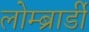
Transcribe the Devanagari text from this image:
लोम्ब्रार्डी